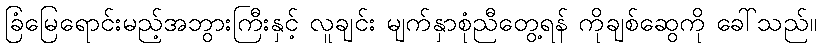
ခြံမြေရောင်းမည့်အဘွားကြီးနှင့် လူချင်း မျက်နှာစုံညီတွေ့ရန် ကိုချစ်ဆွေကို ခေါ်သည်။